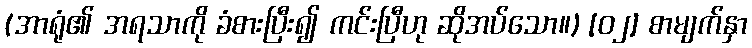
(အာရုံ၏ အရသာကို ခံစားပြီး၍ ကင်းပြီဟု ဆိုအပ်သော။) [၀၂] စာမျက်နှာ